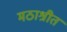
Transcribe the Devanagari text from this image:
मठाश्रीत